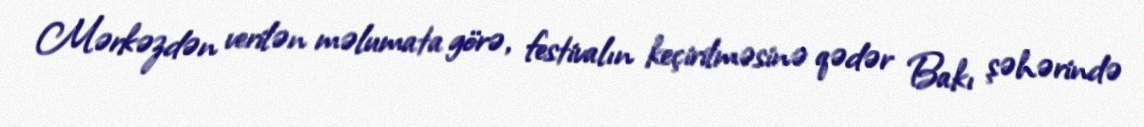
Mərkəzdən verilən məlumata görə, festivalın keçirilməsinə qədər Bakı şəhərində